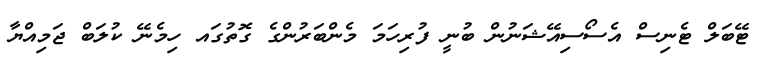
ޓޭބަލް ޓެނިސް އެސޯސިއޭޝަނުން ބުނީ ފުރިހަމަ މެންބަރުންގެ ގޮތުގައ ހިމެނޭ ކުލަބް ޖަމިއްޔާ